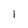
Character: 1